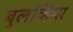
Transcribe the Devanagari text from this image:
बुलव्हिप्स